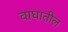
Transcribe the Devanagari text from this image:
वाघातील